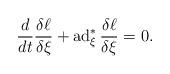
LaTeX: \begin{align*}\frac{d}{dt}\frac{\delta\ell}{\delta \xi}+\operatorname{ad}^*_\xi\frac{\delta\ell}{\delta\xi}=0.\end{align*}